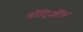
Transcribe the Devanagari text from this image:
माँट्रिऑल